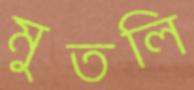
মুতলি